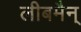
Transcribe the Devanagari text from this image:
लीबमैन्